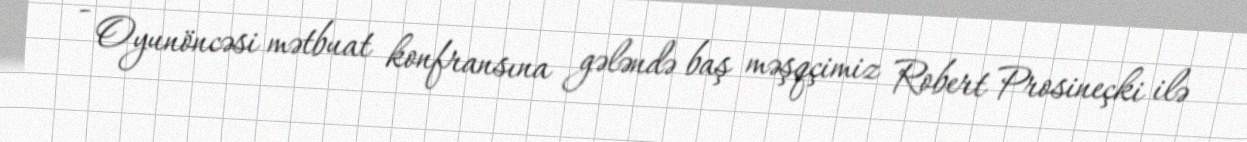
- Oyunöncəsi mətbuat konfransına gələndə baş məşqçimiz Robert Prosineçki ilə